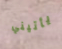
يأتيني